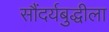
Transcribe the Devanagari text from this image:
सौंदर्यबुद्धीला